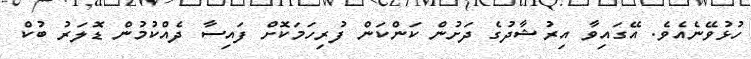
ހުޅުވޭނެއެވެ. އޭގައިވާ އިރުޝާދުގެ ދަށުން ކަންކަން ފުރިހަމަކޮށް ފައިސާ ދެއްކުމުން ޑޮލަރު ބުކް